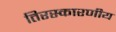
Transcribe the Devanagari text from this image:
तिरस्कारणीय